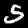
Digit: 5